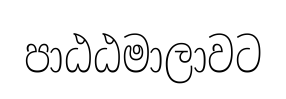
පාඨඨමාලාවට